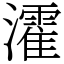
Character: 瀖